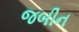
જબીન